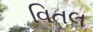
વિતલ